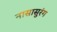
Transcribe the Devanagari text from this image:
नासासुरंग